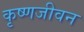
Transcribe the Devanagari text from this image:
कृष्णजीवन